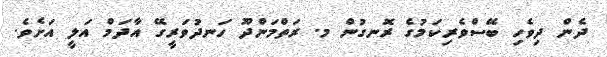
ދެން ދިވެހި ބޭސްވެރިކަމުގެ ރޮނގުން މ. ރަތްމަންދޫ ހަނދުވަރީގޭ އާދަމް އަލީ އަށެވެ.